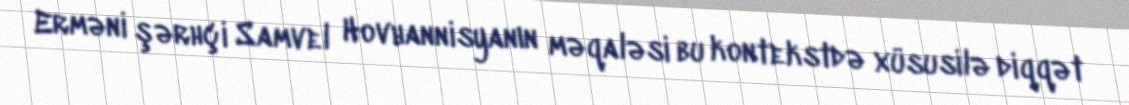
Erməni şərhçi Samvel Hovhannisyanın məqaləsi bu kontekstdə xüsusilə diqqət